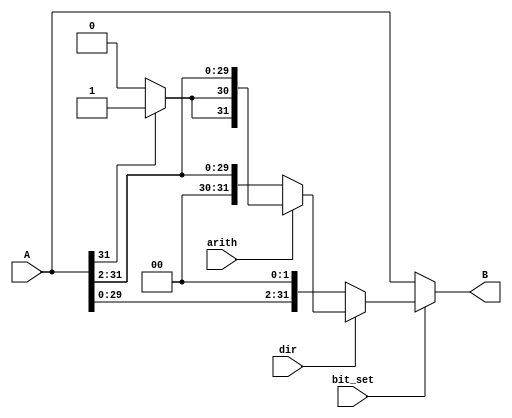
`timescale 1ns / 1ps
//////////////////////////////////////////////////////////////////////////////////
// Company: 
// Engineer: 
// 
// Design Name: 
// Module Name:    shift2 
// Project Name: 
// Target Devices: 
// Tool versions: 
// Description: 
//
// Dependencies: 
//
// Revision: 
// Revision 0.01 - File Created
// Additional Comments: 
//
//////////////////////////////////////////////////////////////////////////////////
module SHIFT_2(input[31:0] A, input bit_set, input dir, input arith, output[31:0] B);
	
	wire[31:0] left;
	wire[31:0] right;
	wire[31:0] right_arith;
	wire[31:0] result;
	
	assign left[0] = 1'b0;
	assign left[1] = 1'b0;
	assign left[31:2] = A[29:0];
	
	assign right[31] = 1'b0;
	assign right[30] = 1'b0;
	assign right[29:0] = A[31:2];

	assign right_arith[31] = (A[31] == 0) ? 1'b0 : 1'b1;
	assign right_arith[30] = (A[31] == 0) ? 1'b0 : 1'b1;
	assign right_arith[29:0] = A[31:2];
	
	assign result = (dir == 1) ? (arith==1 ? right_arith : right) : left;
	
	assign B = (bit_set == 1) ? result : A;
	
endmodule